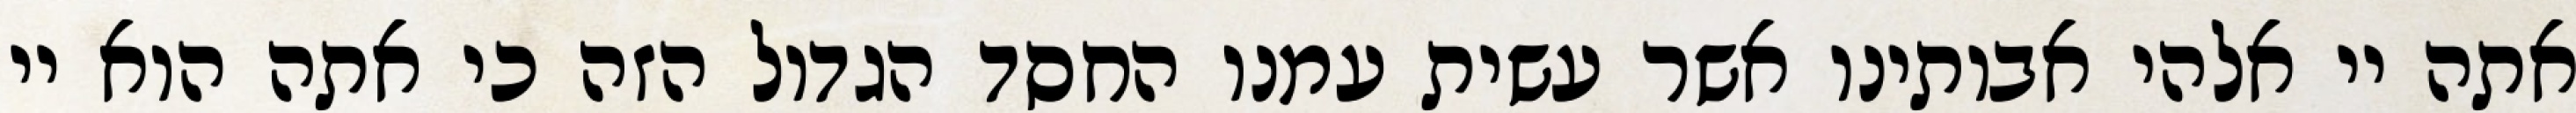
אתה יי אלהי אבותינו אשר עשית עמנו החסד הגדול הזה כי אתה הוא יי